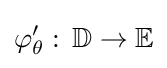
\varphi _{\theta }':\,\mathbb {D} \to \mathbb {E}